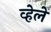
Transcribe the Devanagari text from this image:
व्हेलें